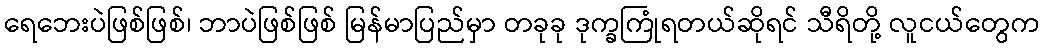
ရေဘေးပဲဖြစ်ဖြစ်၊ ဘာပဲဖြစ်ဖြစ် မြန်မာပြည်မှာ တခုခု ဒုက္ခကြုံရတယ်ဆိုရင် သီရိတို့ လူငယ်တွေက